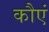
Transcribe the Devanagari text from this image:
कौएं